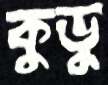
কুডু